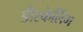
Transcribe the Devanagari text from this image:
डीस्केलिंग